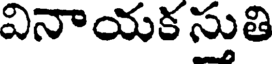
వినాయక సుతి